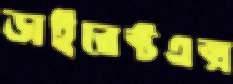
ডাইরেক্টএক্স